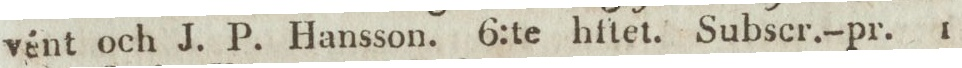
vént och J. P. Hansson. 6:te hftet. Subscr.-pr. 1